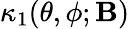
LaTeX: \kappa_{1}(\theta,\phi;\mathbf{B})